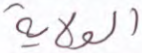
الولاية